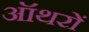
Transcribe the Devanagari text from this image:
ऑथरों